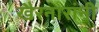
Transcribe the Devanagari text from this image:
खैरनारांनी